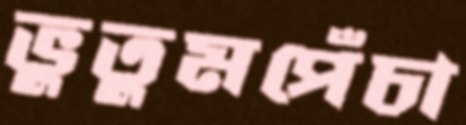
ভুতুমপেঁচা